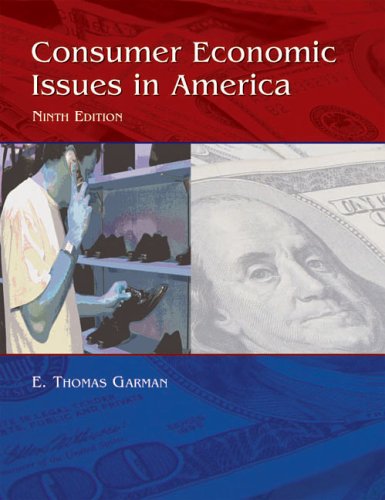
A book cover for Consumer Economics Issues in America, 9e; E. Thomas Garman; Business & Money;